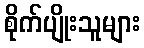
စိုက်ပျိုးသူများ